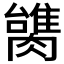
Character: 𰯠